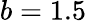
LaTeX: b=1.5